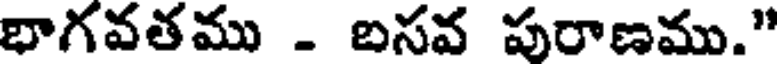
భాగవతము - బసవ పురాణము."